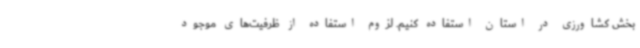
بخش کشاورزی در استان استفاده کنیم. لزوم استفاده از ظرفیت‌های موجود